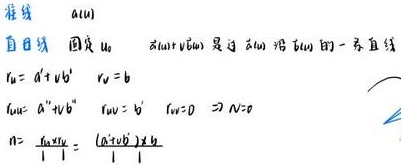
\begin{align*}
&\text{程线}\ \ \ a(u)\\
&\text{直日线}\ \ \ \text{固定}\ u_0\\
&a(u_0)+v b(u_0)\ \text{是过}\ a(u_0)\ \text{沿}\ b(u_0)\ \text{的一条直线}\\
&r_u = a'+v b' \ \ r_v = b\\
&r_{uu}= a''+v b'' \ \ r_{uv}= b' \ \ r_{vv}= 0 \Rightarrow N\neq 0\\
&n=\frac{r_{uu}\cdot v}{|r_u\times r_v|}=\frac{(a''+v b'')\cdot b}{|a'\times b|}
\end{align*}